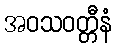
အဝသဝတ္တီနံ